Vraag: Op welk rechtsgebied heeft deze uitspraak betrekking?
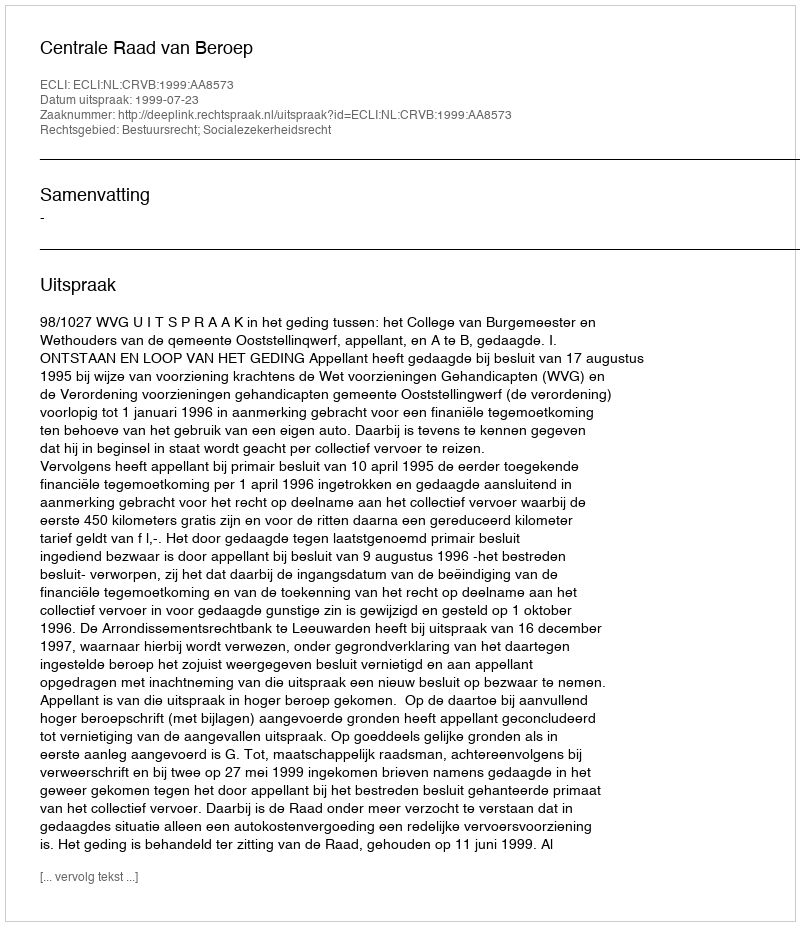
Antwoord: Bestuursrecht; Socialezekerheidsrecht